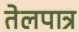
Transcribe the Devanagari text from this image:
तेलपात्र